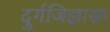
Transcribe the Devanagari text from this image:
दुर्गजिज्ञासा